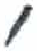
אות: י